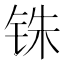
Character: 铢